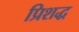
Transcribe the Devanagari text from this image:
प्रिशद्ध